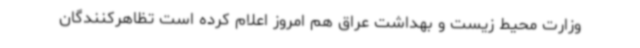
وزارت محیط زیست و بهداشت عراق هم امروز اعلام کرده است تظاهرکنندگان